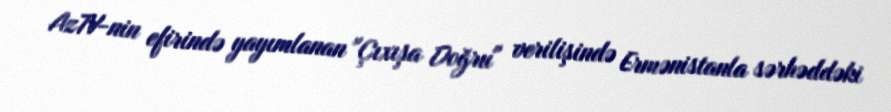
AzTV-nin efirində yayımlanan "Çıxışa Doğru" verilişində Ermənistanla sərhəddəki